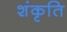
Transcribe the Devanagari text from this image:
शंकृति